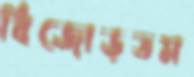
বিজোড়তম